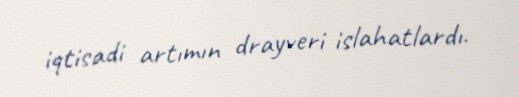
iqtisadi artımın drayveri islahatlardı.